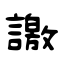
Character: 譤